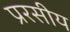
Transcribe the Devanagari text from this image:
प्ररसीय